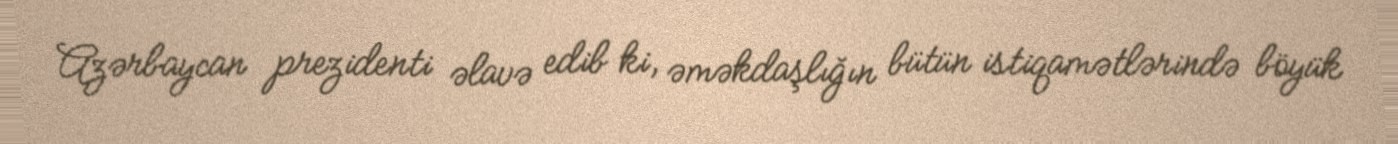
Azərbaycan prezidenti əlavə edib ki, əməkdaşlığın bütün istiqamətlərində böyük